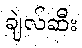
ချဲလ်ဆီး